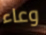
وعاء